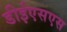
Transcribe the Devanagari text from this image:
डीईएसएस